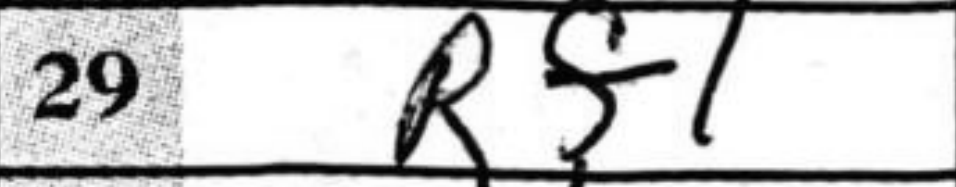
Transcription: Rf1